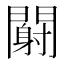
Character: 𬮏